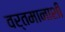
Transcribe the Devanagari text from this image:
वर्तमानाशी